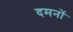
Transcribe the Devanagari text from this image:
दमनों